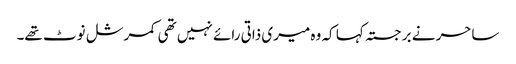
ساحر نے برجستہ کہا کہ وہ میری ذاتی رائے نہیں تھی کمرشل نوٹ تھے۔